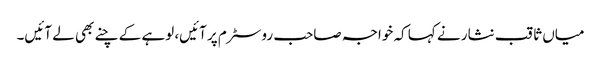
میاں ثاقب نثار نے کہا کہ خواجہ صاحب روسٹرم پر آئیں، لوہے کے چنے بھی لے آئیں۔